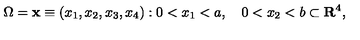
\Omega = { { \bf x } \equiv ( x _ { 1 } , x _ { 2 } , x _ { 3 } , x _ { 4 } ) : 0 < x _ { 1 } < a , \quad 0 < x _ { 2 } < b } \subset { \bf R } ^ { 4 } ,